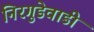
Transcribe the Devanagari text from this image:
निरगुडेवाडी